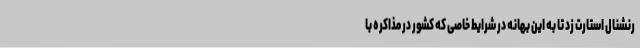
رنشنال استارت زد تا به این بهانه در شرایط خاصی که کشور در مذاکره با